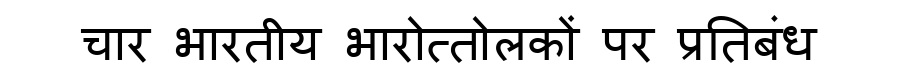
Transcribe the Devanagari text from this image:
चार भारतीय भारोत्तोलकों पर प्रतिबंध